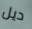
ديل